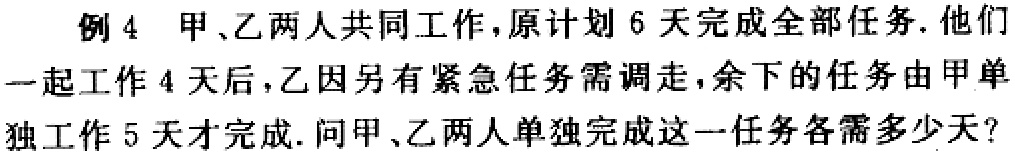
例 4 甲、乙两人共同工作，原计划 6 天完成全部任务. 他们一起工作 4 天后，乙因另有紧急任务需调走，余下的任务由甲单独工作 5 天才完成. 问甲、乙两人单独完成这一任务各需多少天？